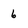
Character: 6